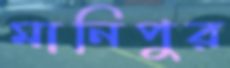
মানিপুর